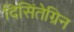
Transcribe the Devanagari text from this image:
दिसिंतेग्रिन